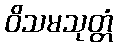
ဝိသမသုတ္တံ